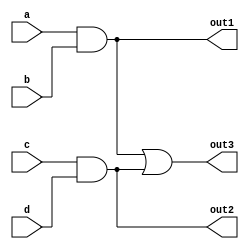
module combinational_logic (
    input wire a,
    input wire b,
    input wire c,
    input wire d,
    output wire out1,
    output wire out2,
    output wire out3
);

    // Intermediate signals for common sub-expressions
    wire ab; // Common sub-expression for a AND b
    wire cd; // Common sub-expression for c AND d
    wire abcd; // Common sub-expression for (a AND b) OR (c AND d)

    // Common sub-expression elimination
    assign ab = a & b; // Calculate a AND b
    assign cd = c & d; // Calculate c AND d
    assign abcd = ab | cd; // Combine results for further use

    // Output logic using common sub-expressions
    assign out1 = ab; // Output 1 is a AND b
    assign out2 = cd; // Output 2 is c AND d
    assign out3 = abcd; // Output 3 is (a AND b) OR (c AND d)

endmodule